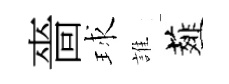
嗇球誰薤